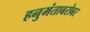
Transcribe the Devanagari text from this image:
हनुमंताबरोबर